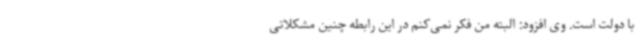
با دولت است. وی افزود: البته من فکر نمی‌کنم در این رابطه چنین مشکلاتی